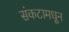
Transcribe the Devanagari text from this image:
संकटामधून